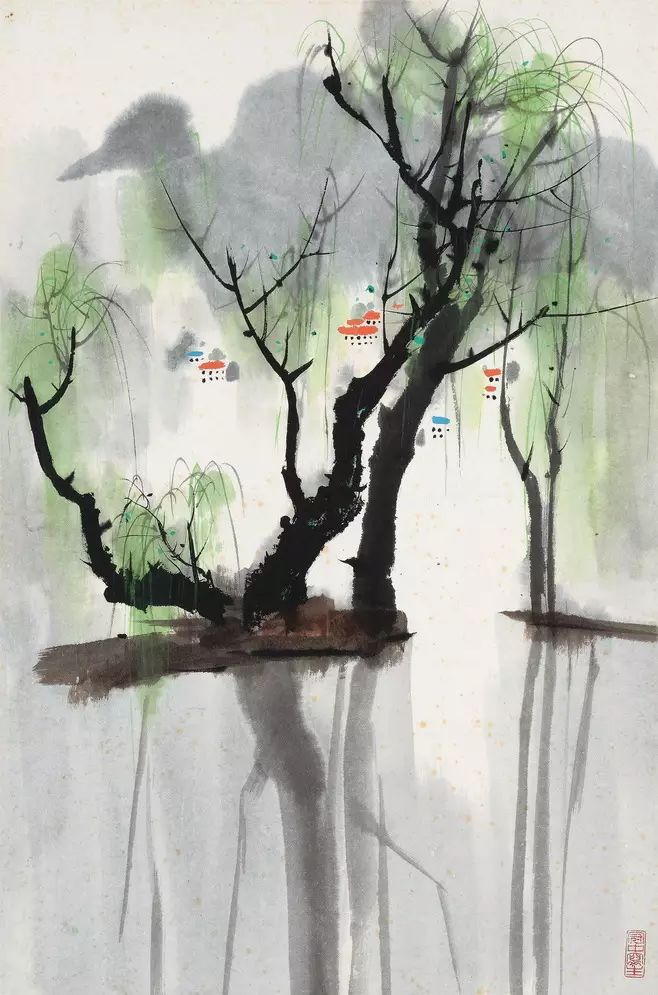
阴阴溪曲绿交加，小雨翻萍上浅沙。